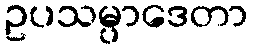
ဥပသမ္ပာဒေတာ